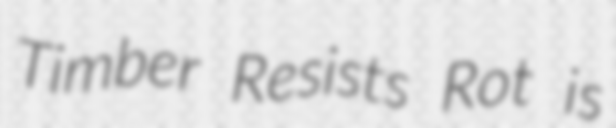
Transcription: Timber Resists Rot is